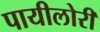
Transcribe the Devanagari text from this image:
पायीलोरी